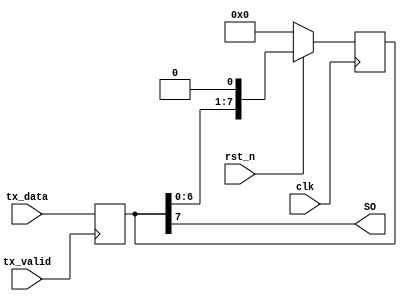
module parallel_to_serial_sr (clk, tx_valid, tx_data, rst_n, SO);
    parameter W = 8;
    input  clk, tx_valid, rst_n;
    input [W-1:0] tx_data; 
    output SO; 

    reg [W-1:0] temp;
    always @(posedge tx_valid) begin 
        temp <= tx_data;
    end

    always @(posedge clk) begin 
        if(~rst_n)
            temp <= 0;
        else
            temp <= {temp[W-2:0], 1'b0};
    end 
    assign SO = temp[W-1];
endmodule